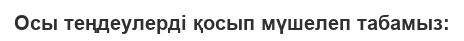
Осы теңдеулерді қосып мүшелеп табамыз: